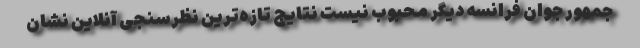
جمهور جوان فرانسه دیگر محبوب نیست نتایج تازه‌ترین نظرسنجی آنلاین نشان